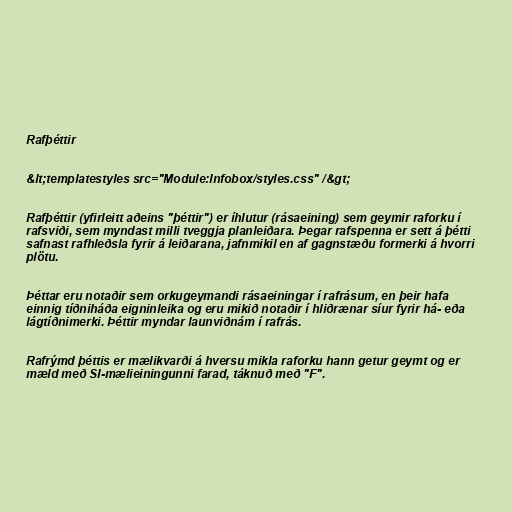
Rafþéttir

&lt;templatestyles src="Module:Infobox/styles.css" /&gt;

Rafþéttir (yfirleitt aðeins "þéttir") er íhlutur (rásaeining) sem geymir raforku í
rafsviði, sem myndast milli tveggja planleiðara. Þegar rafspenna er sett á þétti
safnast rafhleðsla fyrir á leiðarana, jafnmikil en af gagnstæðu formerki á hvorri
plötu.

Þéttar eru notaðir sem orkugeymandi rásaeiningar í rafrásum, en þeir hafa
einnig tíðniháða eigninleika og eru mikið notaðir í hliðrænar síur fyrir há- eða
lágtíðnimerki. Þéttir myndar launviðnám í rafrás.

Rafrýmd þéttis er mælikvarði á hversu mikla raforku hann getur geymt og er
mæld með SI-mælieiningunni farad, táknuð með "F".